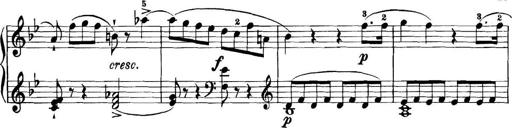
Title: 11 Sonatinas
Composer: Anton Diabelli